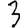
Digit: 3